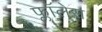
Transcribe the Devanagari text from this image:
फ्लॉलेस